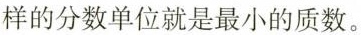
样的分数单位就是最小的质数。